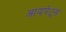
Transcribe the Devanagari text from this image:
आयपेट्स